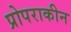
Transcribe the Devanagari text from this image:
प्रोपराकीन